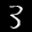
Label: 3